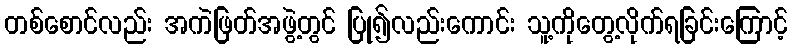
တစ်စောင်လည်း အကဲဖြတ်အဖွဲ့တွင် ပြု၍လည်းကောင်း သူ့ကိုတွေ့လိုက်ရခြင်းကြောင့်